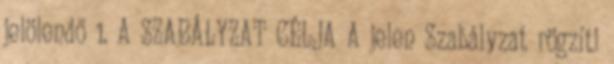
jelölendő 1. A SZABÁLYZAT CÉLJA A jelen Szabályzat rögzíti